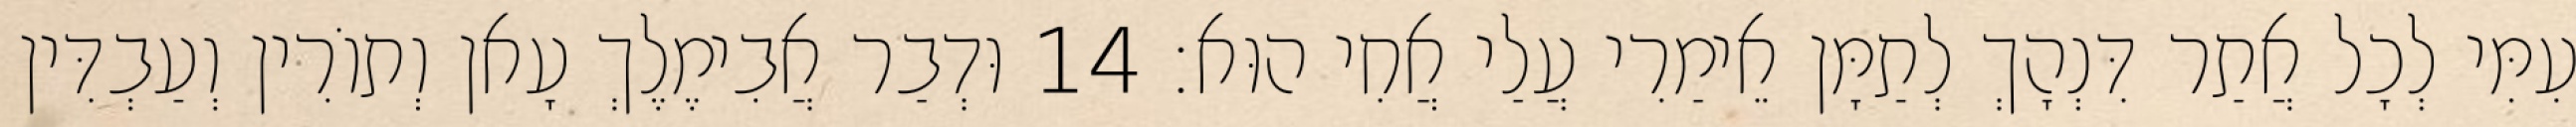
עִמִּי לְכָל אֲתַר דִּנְהָךְ לְתַמָּן אֵימַרִי עֲלַי אֲחִי הוּא׃ 14 וּדְבַר אֲבִימֶלֶךְ עָאן וְתוֹרִין וְעַבְדִּין